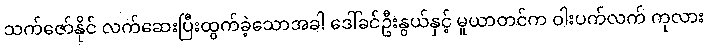
သက်ဇော်နိုင် လက်ဆေးပြီးထွက်ခဲ့သောအခါ ဒေါ်ခင်ဦးနွယ်နှင့် မူယာတင်က ဝါးပက်လက် ကုလား